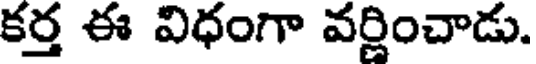
కర్త ఈ విధంగా వర్ణించాడు.